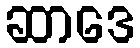
ဆာဒေ